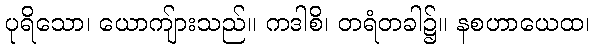
ပုရိသော၊ ယောကျ်ားသည်။ ကဒါစိ၊ တရံတခါ၌။ နစဟာယေထ၊